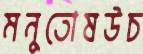
মনুতোষউচ